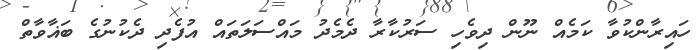
ހައިރާންކުވާ ކަމެއް ނޫން ދިވެހި ސަރުކާރާ ދެމެދު މައްސަލަތައް އުފެދި ދެކުނުގެ ބަޣާވާތް